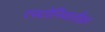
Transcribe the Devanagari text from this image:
एस्टोनियातील